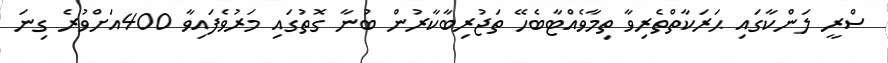
ސްރީ ލަންކާގައި ޙަރަކާތްތެރިވާ ތިމާވެއްޓާބެހޭ ތަޖުރިބާކާރުން ބުނާ ގޮތުގައި މަރުވެފައިވާ 400އަށްވުރެ ގިނަ